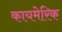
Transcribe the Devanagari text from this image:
कायमेरिक